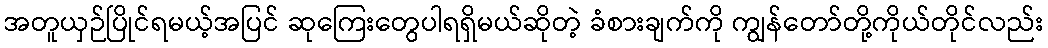
အတူယှဉ်ပြိုင်ရမယ့်အပြင် ဆုကြေးတွေပါရရှိမယ်ဆိုတဲ့ ခံစားချက်ကို ကျွန်တော်တို့ကိုယ်တိုင်လည်း